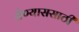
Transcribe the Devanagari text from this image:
येण्याससाठी